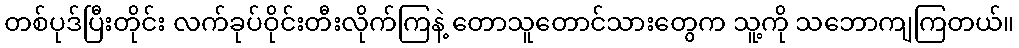
တစ်ပုဒ်ပြီးတိုင်း လက်ခုပ်ဝိုင်းတီးလိုက်ကြနဲ့ တောသူတောင်သားတွေက သူ့ကို သဘောကျကြတယ်။